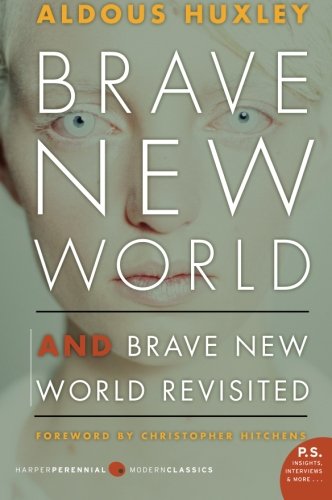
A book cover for Brave New World and Brave New World Revisited; Aldous Huxley; Literature & Fiction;